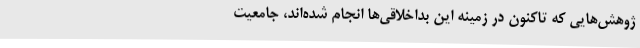
ژوهش‌هایی که تاکنون در زمینه این بداخلاقی‌ها انجام شده‌اند، جامعیت